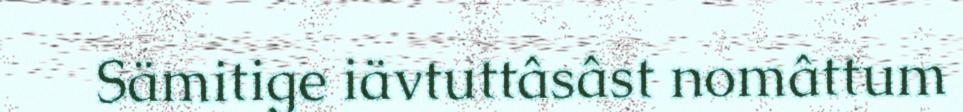
Sämitige iävtuttâsâst nomâttum